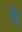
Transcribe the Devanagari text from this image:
नि़॒